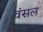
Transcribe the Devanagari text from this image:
वंसल